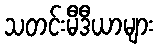
သတင်းမီဒီယာများ